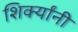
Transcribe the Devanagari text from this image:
शिर्क्यांनी